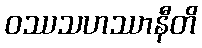
ဝဿသဟဿာနီတိ